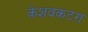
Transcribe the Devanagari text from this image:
केशवकटरा